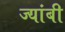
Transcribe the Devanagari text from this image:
ज्यांबी